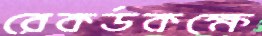
রেকর্ডকক্ষে